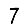
Digit: 7